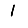
Digit: 1